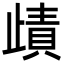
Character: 歵